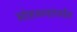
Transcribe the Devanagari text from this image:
सोहळ्यापर्यंत